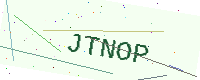
Text: JTNOP